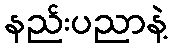
နည်းပညာနဲ့